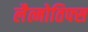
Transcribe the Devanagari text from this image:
लैत्मोतिफ्स